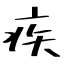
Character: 疾